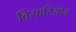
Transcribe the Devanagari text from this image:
विसारिओन